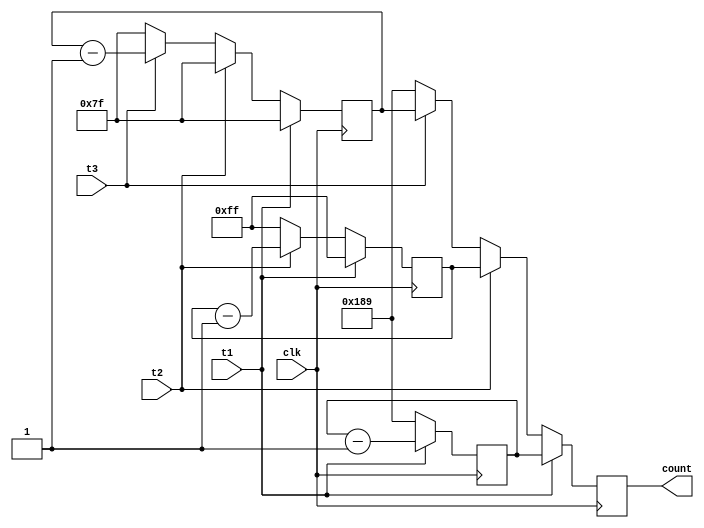
module CTR_VC  (clk, t1, t2, t3, count);

input clk;
input t1;
input t2;
input t3;

output [12:0] count;
reg    [12:0] count;
reg    [12:0] MID1, MID2, MID3;
initial MID1 = 13'd393;
initial MID2 = 13'd255;
initial MID3 = 13'd127;

always @ (negedge clk)
    begin
	    if(t1==1'b1) begin
		    MID1 <= MID1-1;
			 MID2 <= 13'd255;
			 MID3 <= 13'd127;
		    count <= MID1;
			 end
		 else if(t2 == 1'b1) begin
		    MID2 <= MID2-1;
			 MID1 <= 13'd393;
			 MID3 <= 13'd127;
		    count <= MID2;
			 end
		 else if(t3 == 1'b1) begin
		    MID3 <= MID3-1;
			 MID1 <= 13'd393;
			 MID2 <= 13'd255;
		    count <= MID3;
			 end
		 else begin
		    count <= 13'd393;
			 MID1 <= 13'd393;
			 MID2 <= 13'd255;
			 MID3 <= 13'd127;
			 end
	 end
endmodule